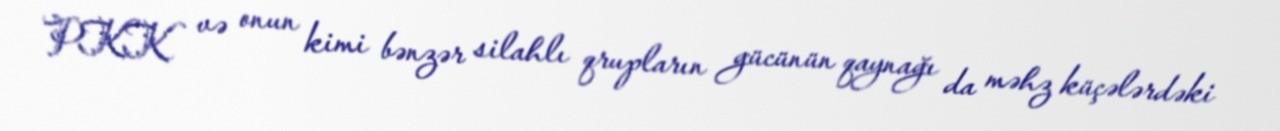
PKK və onun kimi bənzər silahlı qrupların gücünün qaynağı da məhz küçələrdəki